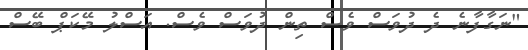
"ނަގާފާނެ ދެ ދުވަސް ވެސް ތިން ދުވަސް ވެސް. އަސްލު މޭކަޕް ބޭސް